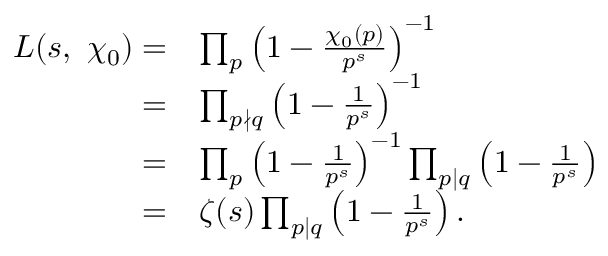
\begin{array} { r l } { L ( s , \ \chi _ { 0 } ) = } & { \prod _ { p } \left( 1 - \frac { \chi _ { 0 } ( p ) } { p ^ { s } } \right) ^ { - 1 } } \\ { = } & { \prod _ { p \nmid q } \left( 1 - \frac { 1 } { p ^ { s } } \right) ^ { - 1 } } \\ { = } & { \prod _ { p } \left( 1 - \frac { 1 } { p ^ { s } } \right) ^ { - 1 } \prod _ { p \mid q } \left( 1 - \frac { 1 } { p ^ { s } } \right) } \\ { = } & { \zeta ( s ) \prod _ { p \mid q } \left( 1 - \frac { 1 } { p ^ { s } } \right) . } \end{array}